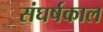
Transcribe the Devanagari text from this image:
संघर्षकाल